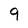
Character: 9